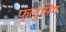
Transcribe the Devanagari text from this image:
फ्लूमिंग